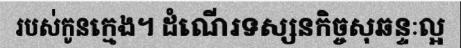
របស់កូនក្មេង។ ដំណើរទស្សនកិច្ចសុឆន្ទៈល្អ